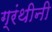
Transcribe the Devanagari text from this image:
ग्रंथीनी